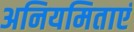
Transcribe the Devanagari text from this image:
अनियमिताएं